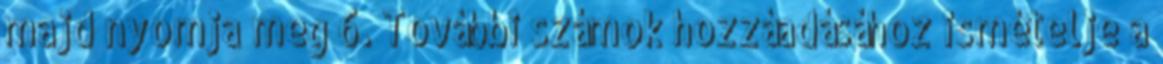
majd nyomja meg 6. További számok hozzáadásához ismételje a